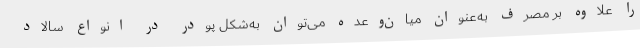
را علاوه بر مصرف به‌عنوان میان‌وعده می‌توان به‌شکل پودر در انواع سالاد